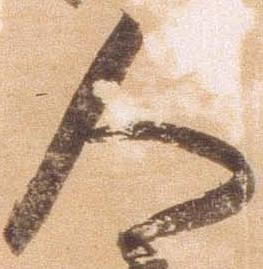
人